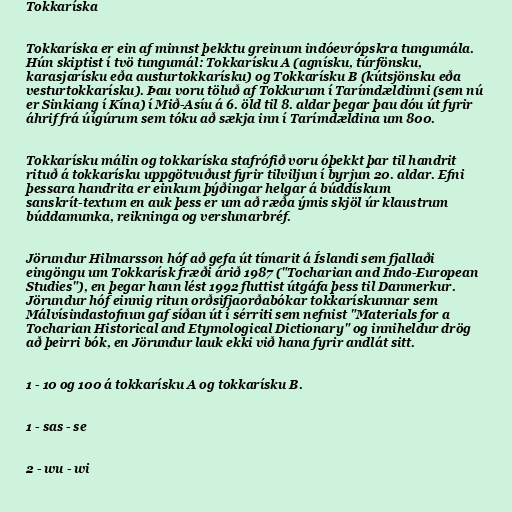
Tokkaríska

Tokkaríska er ein af minnst þekktu greinum indóevrópskra tungumála.
Hún skiptist í tvö tungumál: Tokkarísku A (agnísku, túrfönsku,
karasjarísku eða austurtokkarísku) og Tokkarísku B (kútsjönsku eða
vesturtokkarísku). Þau voru töluð af Tokkurum í Tarímdældinni (sem nú
er Sinkiang í Kína) í Mið-Asíu á 6. öld til 8. aldar þegar þau dóu út fyrir
áhrif frá úígúrum sem tóku að sækja inn í Tarímdældina um 800.

Tokkarísku málin og tokkaríska stafrófið voru óþekkt þar til handrit
rituð á tokkarísku uppgötvuðust fyrir tilviljun í byrjun 20. aldar. Efni
þessara handrita er einkum þýðingar helgar á búddískum
sanskrít-textum en auk þess er um að ræða ýmis skjöl úr klaustrum
búddamunka, reikninga og verslunarbréf.

Jörundur Hilmarsson hóf að gefa út tímarit á Íslandi sem fjallaði
eingöngu um Tokkarísk fræði árið 1987 ("Tocharian and Indo-European
Studies"), en þegar hann lést 1992 fluttist útgáfa þess til Danmerkur.
Jörundur hóf einnig ritun orðsifjaorðabókar tokkarískunnar sem
Málvísindastofnun gaf síðan út í sérriti sem nefnist "Materials for a
Tocharian Historical and Etymological Dictionary" og inniheldur drög
að þeirri bók, en Jörundur lauk ekki við hana fyrir andlát sitt.

1 - 10 og 100 á tokkarísku A og tokkarísku B.

1 - sas - se

2 - wu - wi